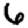
Digit: 6